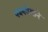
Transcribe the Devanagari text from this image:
पवनवेगाने